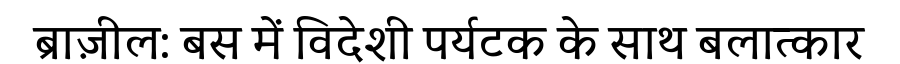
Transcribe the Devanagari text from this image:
ब्राज़ील: बस में विदेशी पर्यटक के साथ बलात्कार